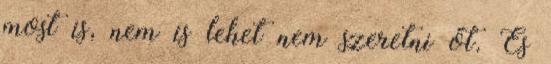
most is, nem is lehet nem szeretni őt. És